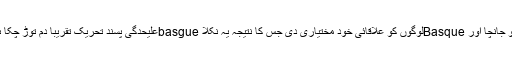
سپین نے Basque شورش کو قابو میں کرنے کےلئے زمینی حقائق کو جانچا اور Basqueلوگوں کو علاقائی خود مختیاری دی جس کا نتیجہ یہ نکلا basgueعلیحدگی پسند تحریک تقریباً دم توڑ چکا ہے اور ان کی مالی اور سماجی حالت دیگر سپینشوں کے برابر آگئی ہے۔